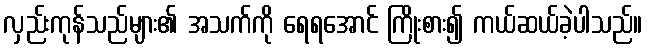
လှည်းကုန်သည်များ၏ အသက်ကို ရေရအောင် ကြိုးစား၍ ကယ်ဆယ်ခဲ့ပါသည်။